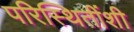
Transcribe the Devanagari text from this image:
परिस्थितींशी